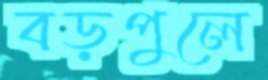
বড়পুলে